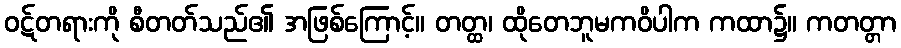
ဝဋ်တရားကို စီတတ်သည်၏ အဖြစ်ကြောင့်။ တတ္ထ၊ ထိုတေဘူမကဝိပါက ကထာ၌။ ကတတ္တာ